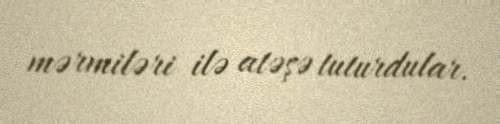
mərmiləri ilə atəşə tuturdular.